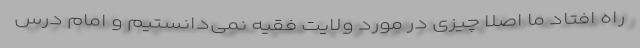
راه افتاد ما اصلاً چیزی در مورد ولایت فقیه نمی‌دانستیم و امام درس